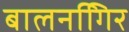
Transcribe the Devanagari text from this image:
बालनगििर